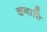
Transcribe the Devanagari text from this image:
चनात्ति